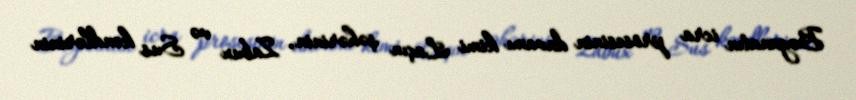
Bəyanatın icra prosesinin davamı kimi Laçın şəhərinin, Zabux və Sus kəndlərinin